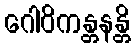
ဂေါဝိကန္တနန္တိ